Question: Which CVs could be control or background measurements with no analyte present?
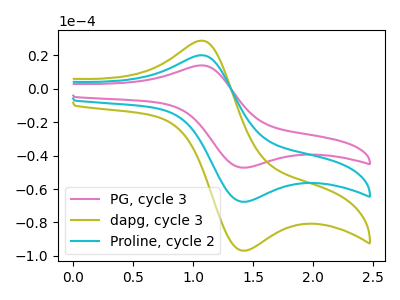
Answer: <think>The pink curve "PG, cycle 3" has an anodic peak at (1.05V, 14.05uA) and a cathodic peak at (1.40V, -47.20uA). The olive curve "dapg, cycle 3" has an anodic peak at (1.05V, 40.20uA) and a cathodic peak at (1.40V, -135.20uA). The cyan curve "Proline, cycle 2" has an anodic peak at (1.05V, 20.10uA) and a cathodic peak at (1.40V, -67.60uA).</think>
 <answer>There are not any CV's on this graph that are likely to be blanks.</answer>
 <eval>none</eval>